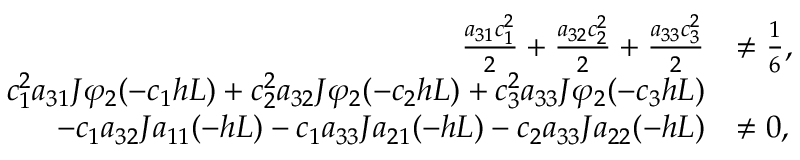
\begin{array} { r l } { \frac { a _ { 3 1 } c _ { 1 } ^ { 2 } } { 2 } + \frac { a _ { 3 2 } c _ { 2 } ^ { 2 } } { 2 } + \frac { a _ { 3 3 } c _ { 3 } ^ { 2 } } { 2 } } & { \ne \frac { 1 } { 6 } , } \\ { c _ { 1 } ^ { 2 } a _ { 3 1 } J \varphi _ { 2 } ( - c _ { 1 } h L ) + c _ { 2 } ^ { 2 } a _ { 3 2 } J \varphi _ { 2 } ( - c _ { 2 } h L ) + c _ { 3 } ^ { 2 } a _ { 3 3 } J \varphi _ { 2 } ( - c _ { 3 } h L ) } \\ { - c _ { 1 } a _ { 3 2 } J a _ { 1 1 } ( - h L ) - c _ { 1 } a _ { 3 3 } J a _ { 2 1 } ( - h L ) - c _ { 2 } a _ { 3 3 } J a _ { 2 2 } ( - h L ) } & { \ne 0 , } \end{array}